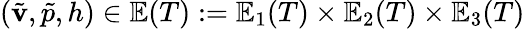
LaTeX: (\tilde{\mathbf{v}},\tilde{p},h)\in\mathbb{E}(T):=\mathbb{E}_{1}(T)\times\mathbb{E}_{2}(T)\times\mathbb{E}_{3}(T)